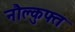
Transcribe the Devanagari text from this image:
नौक्लुफ्त